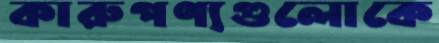
কারুপণ্যগুলোকে